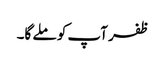
ظفر آپ کو ملے گا۔